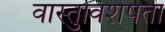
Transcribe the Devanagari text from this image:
वास्तुविशेषता